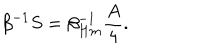
\beta ^ { - 1 } S = \beta _ { H m } ^ { - 1 } { \frac { A } { 4 } } .